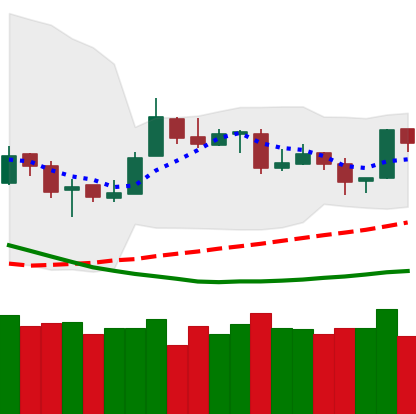
Ticker: ETH-USD
Chart end date: 2019-03-28
Forward return: 17.606%
Label: up_7plus